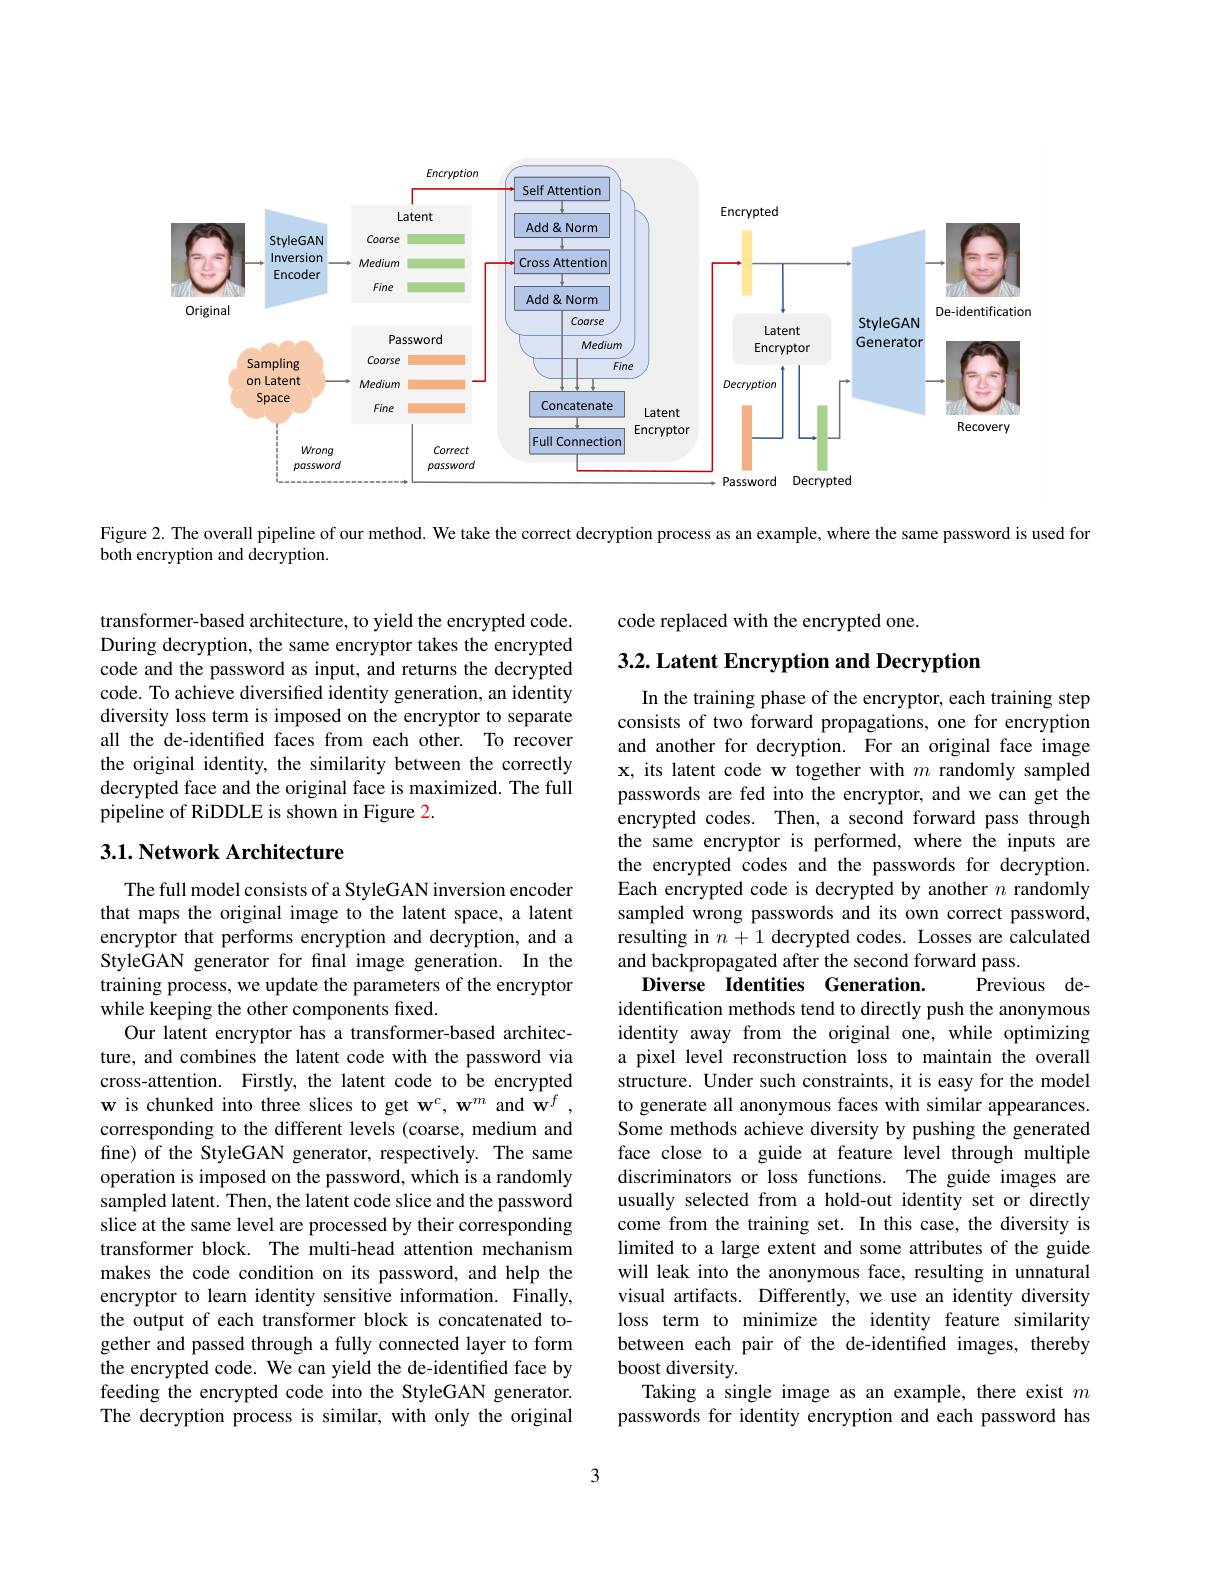
<FigureHere>

Figure 2. The overall pipeline of our method. We take the correct decryption process as an example, where the same password is used for

both encryption and decryption.

transformer-based architecture, to yield the encrypted code. During decryption, the same encryptor takes the encrypted code and the password as input, and returns the decrypted code. To achieve diversified identity generation, an identity diversity loss term is imposed on the encryptor to separate all the de-identified faces from each other. To recover the original identity, the similarity between the correctly decrypted face and the original face is maximized. The full pipeline of RiDDLE is shown in Figure 2.

## 3.1. Network Architecture

The full model consists of a StyleGAN inversion encoder that maps the original image to the latent space, a latent encryptor that performs encryption and decryption, and a StyleGAN generator for final image generation. In the training process, we update the parameters of the encryptor while keeping the other components fixed.
Our latent encryptor has a transformer-based architecture, and combines the latent code with the password via cross-attention. Firstly, the latent code to be encrypted w is chunked into three slices to get w$^c,\mathbf{w}^m$ and w$^f$ corresponding to the different levels (coarse, medium and fine) of the StyleGAN generator, respectively. The same operation is imposed on the password, which is a randomly sampled latent. Then, the latent code slice and the password slice at the same level are processed by their corresponding transformer block. The multi-head attention mechanism makes the code condition on its password, and help the encryptor to learn identity sensitive information. Finally, the output of each transformer block is concatenated together and passed through a fully connected layer to form the encrypted code. We can yield the de-identified face by feeding the encrypted code into the StyleGAN generator. The decryption process is similar, with only the original

code replaced with the encrypted one.

## 3.2. Latent Encryption and Decryption

In the training phase of the encryptor, each training step consists of two forward propagations, one for encryption and another for decryption. For an original face image x, its latent code w together with $m$ randomly sampled passwords are fed into the encryptor, and we can get the encrypted codes. Then, a second forward pass through the same encryptor is performed, where the inputs are the encrypted codes and the passwords for decryption. Each encrypted code is decrypted by another $n$ randomly sampled wrong passwords and its own correct password, resulting in $n+1$ decrypted codes. Losses are calculated and backpropagated after the second forward pass.
Diverse Identities Generation
Previous de-
identification methods tend to directly push the anonymous identity away from the original one, while optimizing a pixel level reconstruction loss to maintain the overall structure. Under such constraints, it is easy for the model to generate all anonymous faces with similar appearances. Some methods achieve diversity by pushing the generated face close to a guide at feature level through multiple discriminators or loss functions. The guide images are usually selected from a hold-out identity set or directly come from the training set. In this case, the diversity is limited to a large extent and some attributes of the guide will leak into the anonymous face, resulting in unnatural visual artifacts. Differently, we use an identity diversity loss term to minimize the identity feature similarity between each pair of the de-identified images, thereby boost diversity.
Taking a single image as an example, there exist $m$ passwords for identity encryption and each password has

3